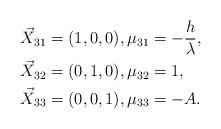
LaTeX: \begin{align*} \vec{X}_{31} &= (1,0,0), \mu_{31}=- \frac{h}{ \lambda},\\ \vec{X}_{32} &= (0,1,0), \mu_{32}=1,\\ \vec{X}_{33} &= (0,0,1), \mu_{33}=-A.\end{align*}